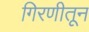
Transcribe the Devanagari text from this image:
गिरणीतून